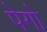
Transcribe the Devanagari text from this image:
पेगो